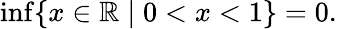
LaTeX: \operatorname*{inf}\{ x\in\mathbb{R}\mid 0<x<1\} =0.